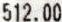
512.00